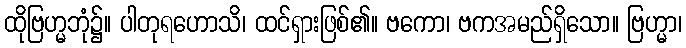
ထိုဗြဟ္မဘုံ၌။ ပါတုရဟောသိ၊ ထင်ရှားဖြစ်၏။ ဗကော၊ ဗကအမည်ရှိသော။ ဗြဟ္မာ၊